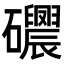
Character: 𥗰